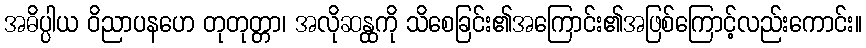
အဓိပ္ပါယ ဝိညာပနဟေ တုတုတ္တာ၊ အလိုဆန္ထကို သိစေခြင်း၏အကြောင်း၏အဖြစ်ကြောင့်လည်းကောင်း။